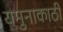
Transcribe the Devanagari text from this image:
यमुनाकाठी